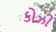
કોઝી